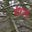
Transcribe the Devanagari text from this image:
मोरांबा